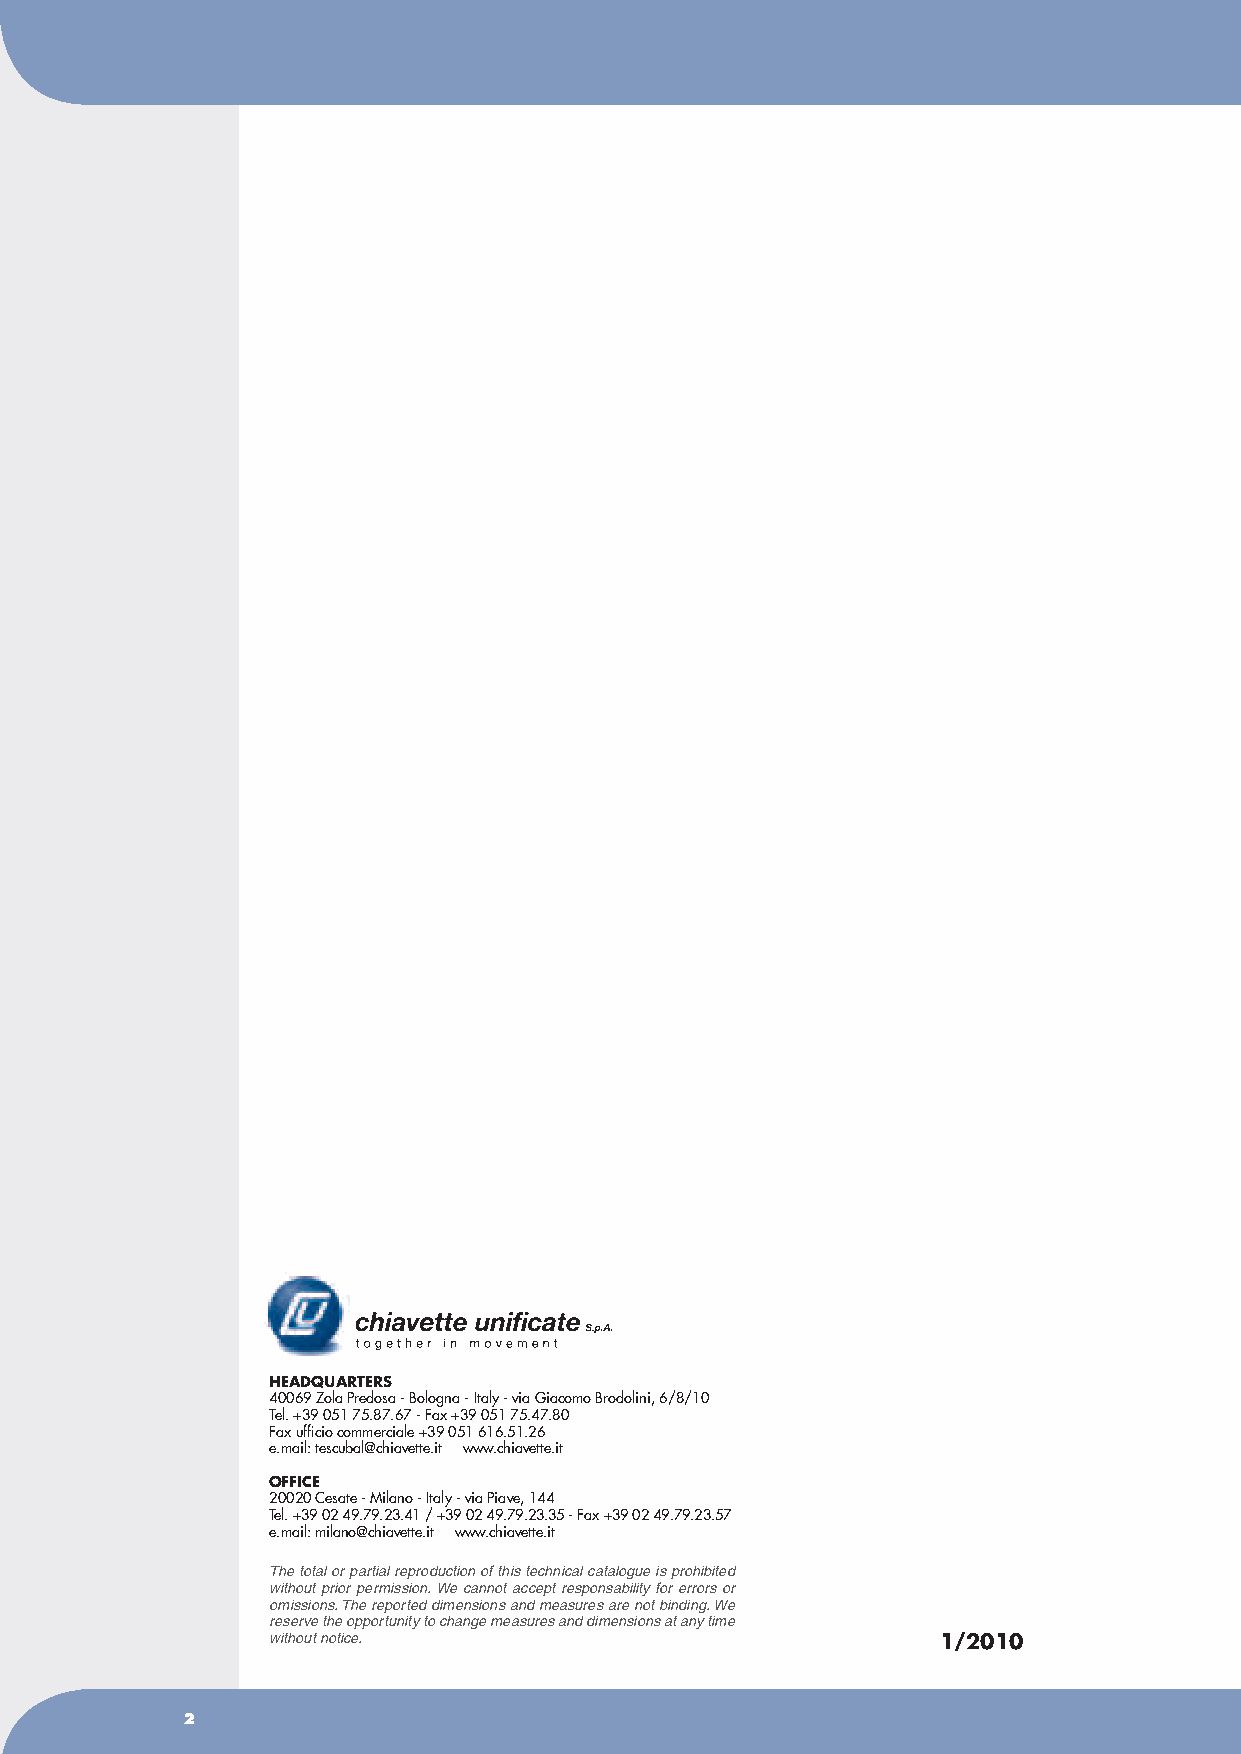
HEADQUARTERS
 40069 Zola Predosa - Bologna - Italy - via Giacomo Brodolini, 6/8/10
 Tel. +39 051 75.87.67 - Fax +39 051 75.47.80
 Fax ufficio commerciale +39 051 616.51.26
 e.mail: tescubal@chiavette.it www.chiavette.it
 OFFICE
 20020 Cesate - Milano - Italy - via Piave, 144
 Tel. +39 02 49.79.23.41 / +39 02 49.79.23.35 - Fax +39 02 49.79.23.57
 e.mail: milano@chiavette.it www.chiavette.it
 The total or partial reproduction of this technical catalogue is prohibited
 without prior permission. We cannot accept responsability for errors or
 omissions. The reported dimensions and measures are not binding. We
 reserve the opportunity to change measures and dimensions at any time
 without notice.                             1/2010
 22